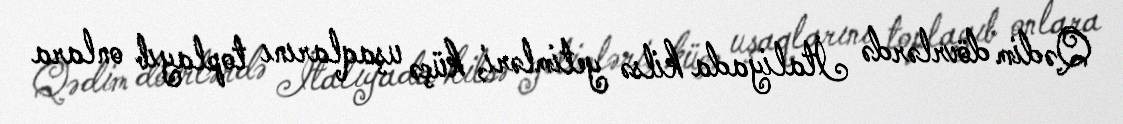
Qədim dövrlərdə İtaliyada kilsə yetimləri, küçə uşaqlarını toplayıb onlara